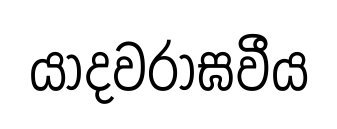
යාදවරාඝවීය